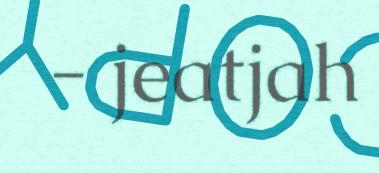
- jeatjah